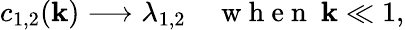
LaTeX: c_{1,2}(\mathbf{k})\longrightarrow\lambda_{1,2}\quad\mathrm{{~w~h~e~n~}}\ \mathbf{k}\ll1,